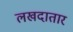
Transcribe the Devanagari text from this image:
लखदातार